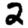
Digit: 2